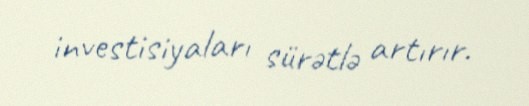
investisiyaları sürətlə artırır.